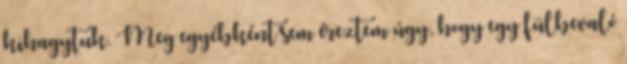
kihagytuk. Meg egyébként sem éreztem úgy, hogy egy fülbevaló